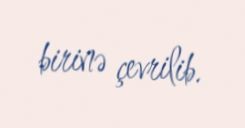
birinə çevrilib.